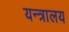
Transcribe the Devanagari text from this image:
यन्त्रालय